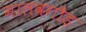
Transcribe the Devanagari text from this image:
मालवगौड़